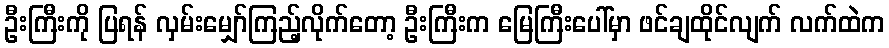
ဦးကြီးကို ပြရန် လှမ်းမျှော်ကြည့်လိုက်တော့ ဦးကြီးက မြေကြီးပေါ်မှာ ဖင်ချထိုင်လျက် လက်ထဲက